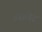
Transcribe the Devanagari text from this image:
इसलेट